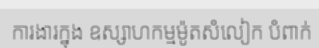
ការងារក្នុង ឧស្សាហកម្មម៉ូតសំលៀក បំពាក់